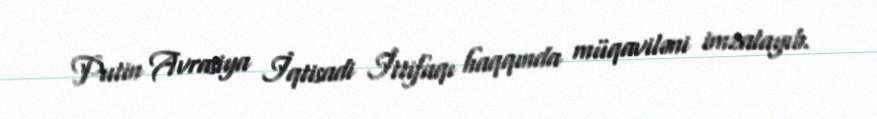
Putin Avrasiya İqtisadi İttifaqı haqqında müqaviləni imzalayıb.